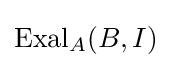
{\text{Exal}}_{A}(B,I)